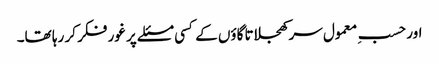
اور حسبِ معمول سر کھجلاتا گاؤں کے کسی مسئلے پر غور فکر کر رہا تھا۔